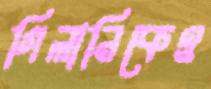
গিলানিকেও